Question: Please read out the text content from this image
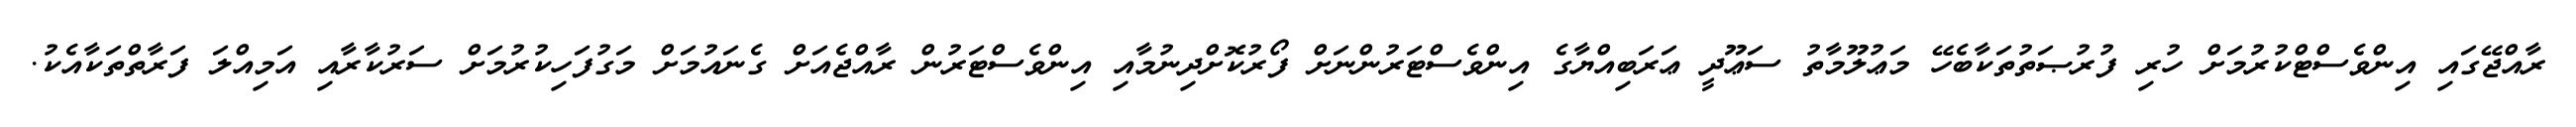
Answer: ރާއްޖޭގައި އިންވެސްޓްކުރުމަށް ހުރި ފުރުޞަތުތަކާބެހޭ މަޢުލޫމާތު ސަޢޫދީ ޢަރަބިއްޔާގެ އިންވެސްޓަރުންނަށް ފޯރުކޮށްދިނުމާއި އިންވެސްޓަރުން ރާއްޖެއަށް ގެނައުމަށް މަގުފަހިކުރުމަށް ސަރުކާރާއި އަމިއްލަ ފަރާތްތަކާއެކު.